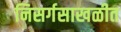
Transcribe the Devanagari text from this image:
निसर्गसाखळीत